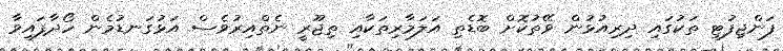
ފަންޖިފުޓި ތަކުގައި ދިރިއުޅުން ވޭތުކޮށް ބޮޑެތި އަލަމާރިތަކާއި ތިޖޫރީ ނެތްއިރުވެސް އަޅުގަނޑުމެން ހޯދާފައިވާ